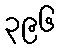
၃၉၆